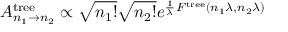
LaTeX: A _ { n _ { 1 } \to n _ { 2 } } ^ { \mathrm { t r e e } } \propto \sqrt { n _ { 1 } ! } \sqrt { n _ { 2 } ! } e ^ { \frac { 1 } { \lambda } F ^ { \mathrm { t r e e } } ( n _ { 1 } \lambda , n _ { 2 } \lambda ) }